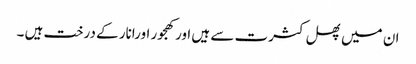
ان میں پھل کثرت سے ہیں اورکھجور اورانار کے درخت ہیں ۔